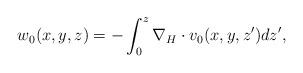
LaTeX: \begin{align*}w_0(x,y,z)=-\int_0^z\nabla_H\cdot v_0(x,y,z')dz',\end{align*}